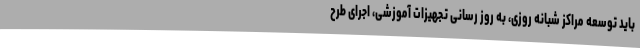
باید توسعه مراکز شبانه روزی، به روز رسانی تجهیزات آموزشی، اجرای طرح